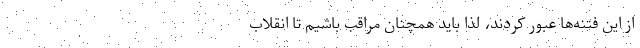
از این فتنه‌ها عبور کردند، لذا باید همچنان مراقب باشیم تا انقلاب